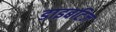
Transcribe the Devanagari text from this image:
डाइबटिज